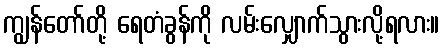
ကျွန်တော်တို့ ရေတံခွန်ကို လမ်းလျှောက်သွားလို့ရလား။